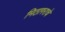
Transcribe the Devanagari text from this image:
मिठागराचे